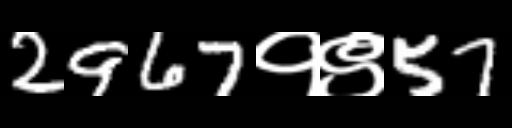
Text: 2967१९57